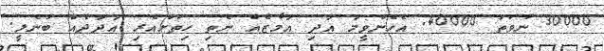
30000 ނުވަތަ 40000. އެހެންވީމަ އަދި އަމާޒެއް ނެތި ހިތަށްއެރި އަދަދެއް ބުނެލީ.